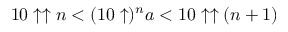
1 0 \uparrow \uparrow n < ( 1 0 \uparrow ) ^ { n } a < 1 0 \uparrow \uparrow ( n + 1 )